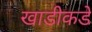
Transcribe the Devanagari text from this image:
खाडीकडे